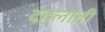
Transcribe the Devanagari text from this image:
दहलाती